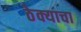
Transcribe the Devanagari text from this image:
ठेक्याचा